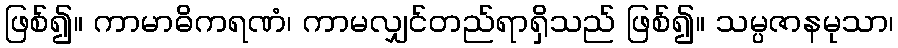
ဖြစ်၍။ ကာမာဓိကရဏံ၊ ကာမလျှင်တည်ရာရှိသည် ဖြစ်၍။ သမ္ပဇာနမုသာ၊